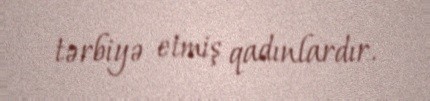
tərbiyə etmiş qadınlardır.